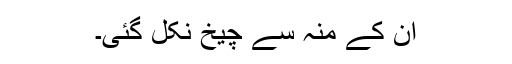
اُن کے منہ سے چیخ نکل گئی۔